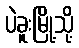
ပဲခူးမြို့သို့